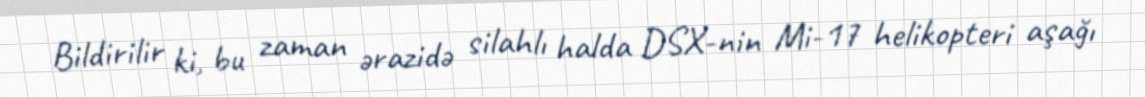
Bildirilir ki, bu zaman ərazidə silahlı halda DSX-nin Mi-17 helikopteri aşağı